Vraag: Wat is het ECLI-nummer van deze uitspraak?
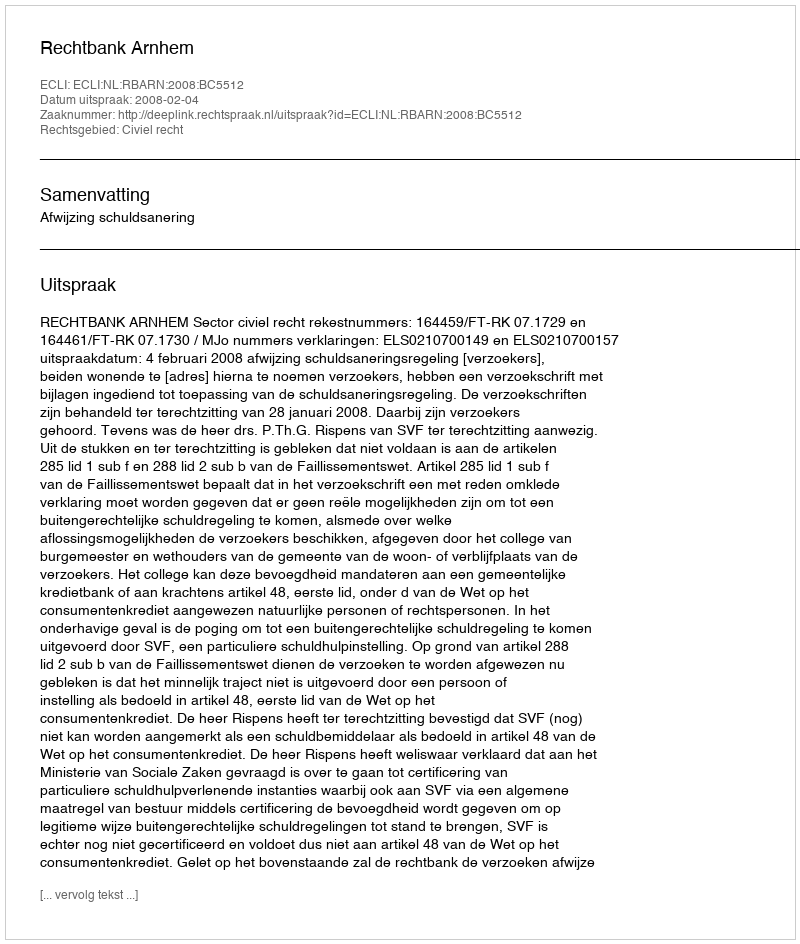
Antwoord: ECLI:NL:RBARN:2008:BC5512